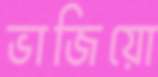
ভাজিয়ো